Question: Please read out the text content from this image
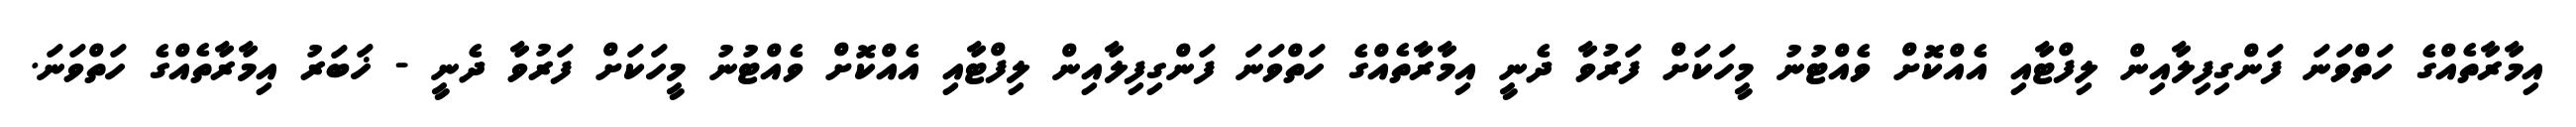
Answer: އިމާރާތެއްގެ ހަތްވަނަ ފަންގިފިލާއިން ލިފްޓާއި އެއްކޮށް ވެއްޓުނު މީހަކަށް ފަރުވާ ދެނީ އިމާރާތެއްގެ ހަތްވަނަ ފަންގިފިލާއިން ލިފްޓާއި އެއްކޮށް ވެއްޓުނު މީހަކަށް ފަރުވާ ދެނީ - ޚަބަރު އިމާރާތެއްގެ ހަތްވަނަ.